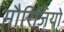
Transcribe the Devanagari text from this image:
मौरिज़ियो